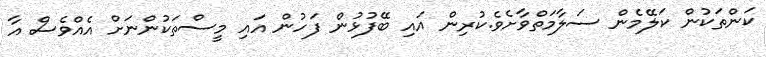
ކަންތަކުން ކަލޭމެން ސަލާމަތްވާށެވެ.ކުރިން އައި ބޭފުޅުން ފަހުން އައި މީސްތަކުންނަށް އެއްވެސް އާ